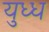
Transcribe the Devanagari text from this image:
युध्ध